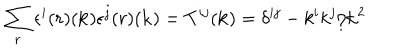
\sum _ { r } \epsilon ^ { i } { ( r ) } ( { \bf k } ) \epsilon ^ { j } { ( r ) } ( { \bf k } ) = T ^ { i j } ( { \bf k } ) = \delta ^ { i j } - k ^ { i } k ^ { j } / { \bf k } ^ { 2 }